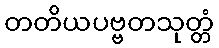
တတိယပဗ္ဗတသုတ္တံ